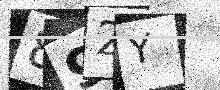
Text: 892Y